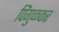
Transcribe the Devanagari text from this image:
पिंगुळकर